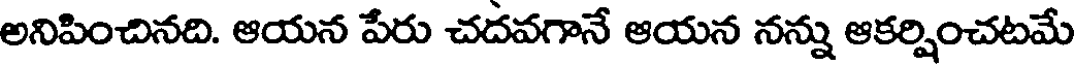
అనిపించినది. ఆయన పేరు చదవగానే ఆయన నన్ను ఆకర్షించటమే